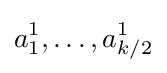
a_{1}^{1},\dots ,a_{k/2}^{1}